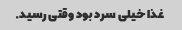
غذا خیلی سرد‌ بود وقتی رسید.